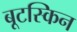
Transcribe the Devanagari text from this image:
बूटस्किन